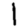
Digit: 1